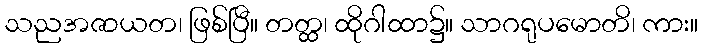
သညအဇာယတ၊ ဖြစ်ပြီ။ တတ္ထ၊ ထိုဂါထာ၌။ သာဂရုပမောတိ၊ ကား။